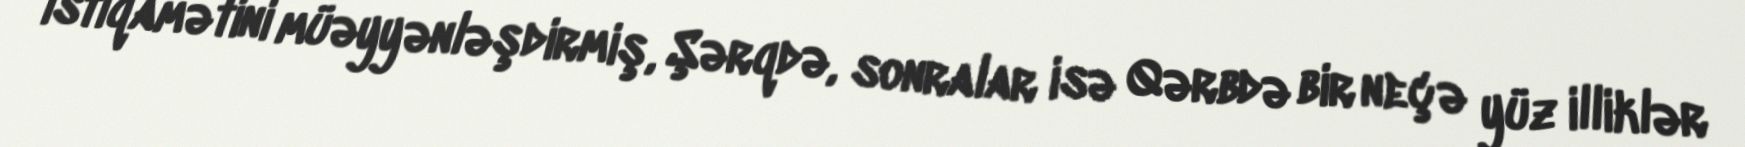
istiqamətini müəyyənləşdirmiş, Şərqdə, sonralar isə Qərbdə bir neçə yüz illiklər